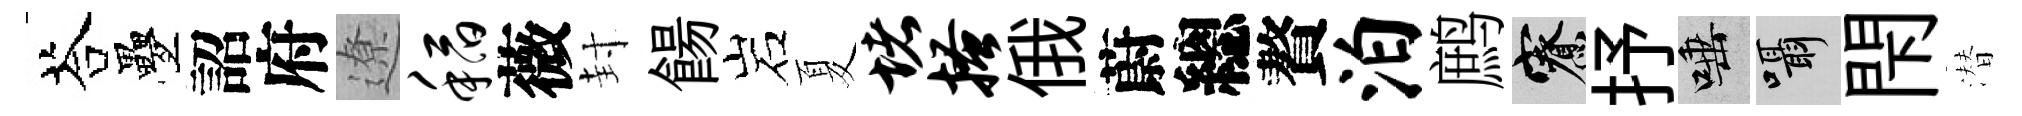
荅疊詔府遼稻薇封餳岩夏堵搔俄蔚總贅泊鹧寮抒唾囁閇潜